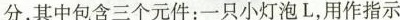
分，其中包含三个元件：一只小灯泡L，用作指示